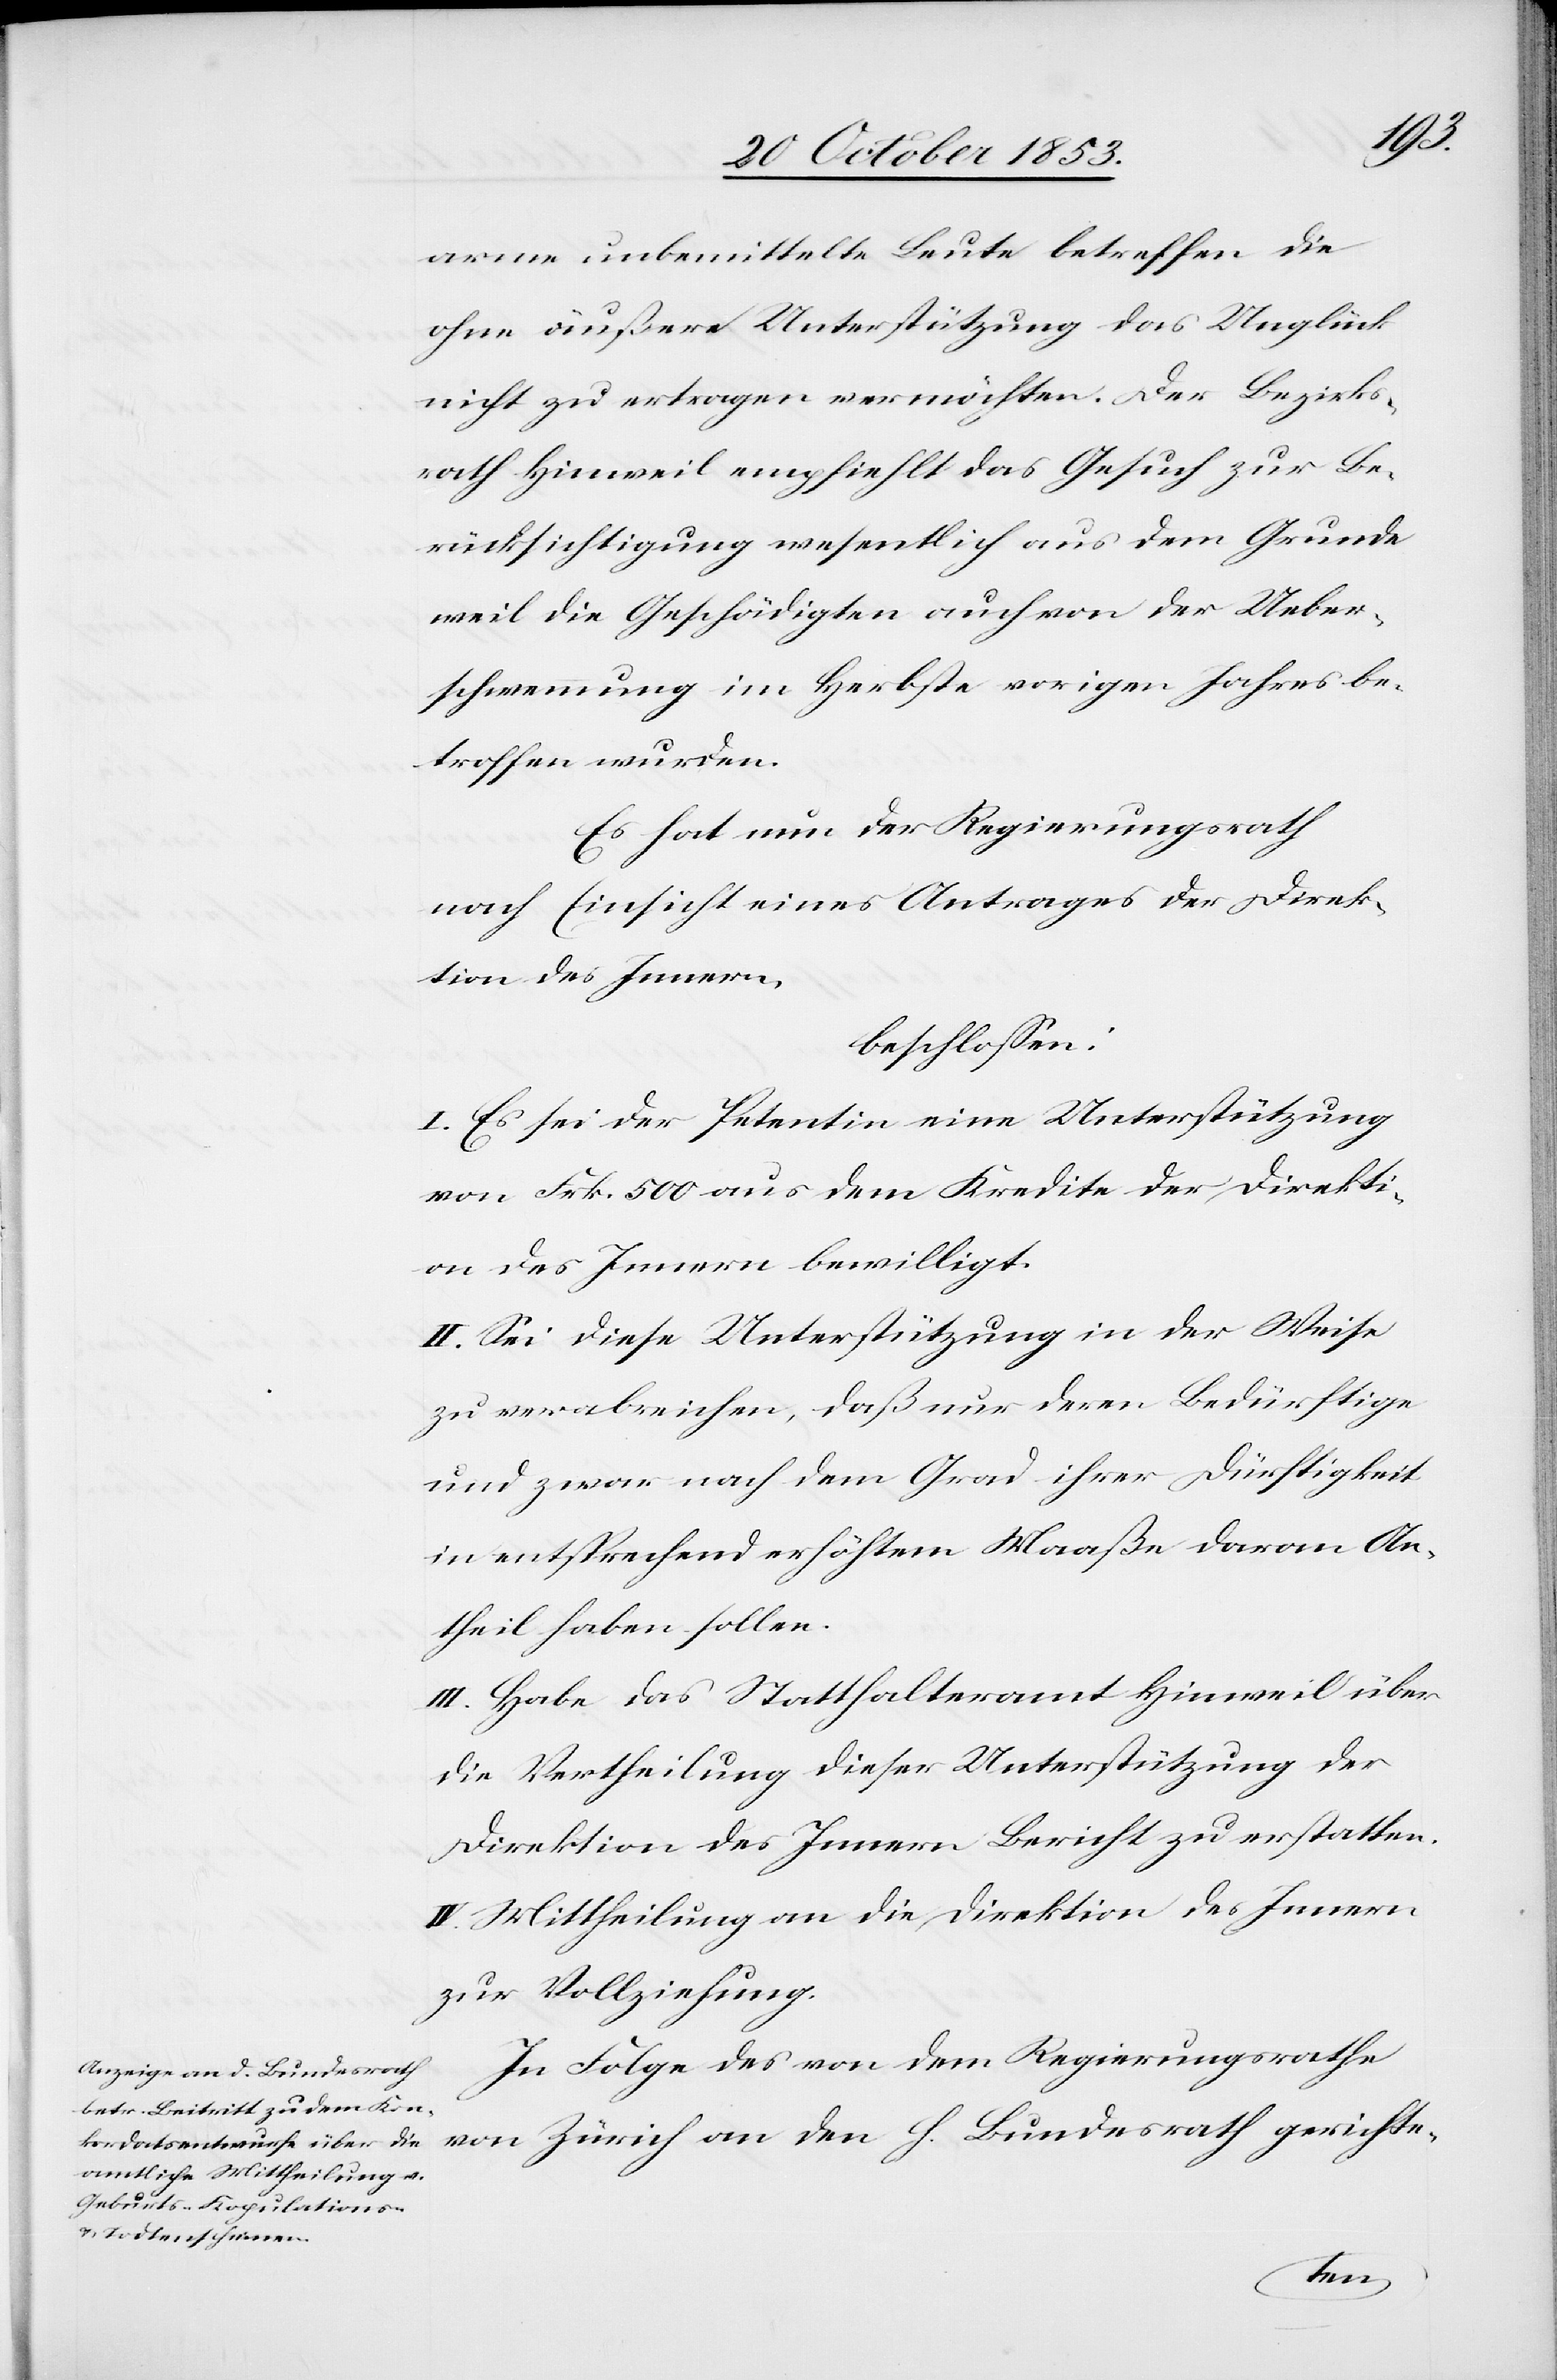
arme unbemittelte Leute betreffen die
ohne äußere Unterstützung das Unglück
nicht zu ertragen vermöchten. Der Bezirks¬
rath Hinweil empfiehlt das Gesuch zur Be¬
rücksichtigung wesentlich aus dem Grunde
weil die Geschädigten auch von der Ueber¬
schwemmung im Herbste vorigen Jahres be¬
troffen wurden.
Es hat nun der Regierungsrath
nach Einsicht eines Antrages der Direk¬
tion des Innern,
beschlossen:
I. Es sei der Petentin eine Unterstützung
von Frk. 500 aus dem Kredite der Direkti¬
on des Innern bewilligt.
II. Sei diese Unterstützung in der Weise
zu verabreichen, daß nur deren Bedürftige
und zwar nach dem Grad ihrer Dürftigkeit
in entsprechend erhöhtem Maaße daran An¬
theil haben sollen.
III. Habe das Statthalteramt Hinweil über
die Vertheilung dieser Unterstützung der
Direktion des Innern Bericht zu erstatten.
IV. Mittheilung an die Direktion des Innern
zur Vollziehung.
In Folge des von dem Regierungsrathe
von Zürich an den h. Bundesrath gerichte-